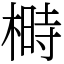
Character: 榯